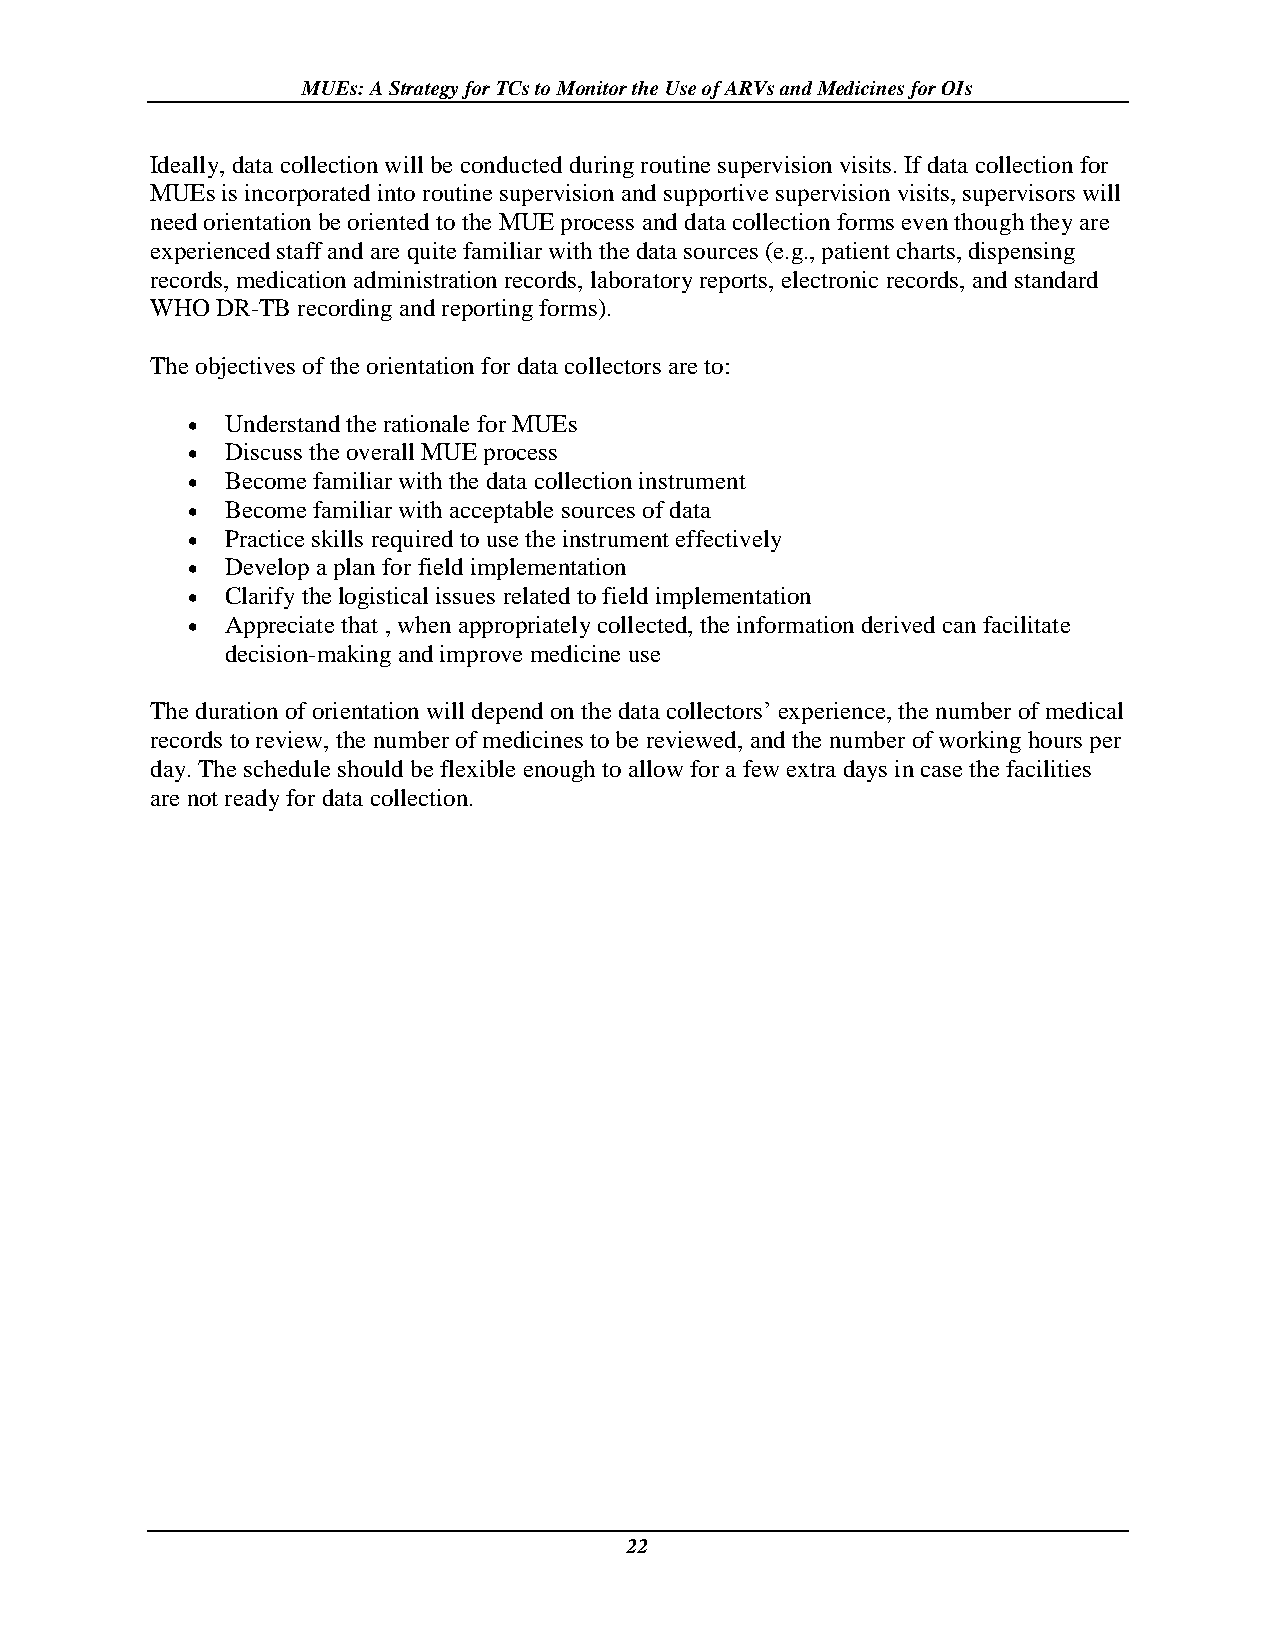
MUEs: A Strategy for TCs to Monitor the Use of ARVs and Medicines for OIs
 Ideally, data collection will be conducted during routine supervision visits. If data collection for
 MUEs is incorporated into routine supervision and supportive supervision visits, supervisors will
 need orientation be oriented to the MUE process and data collection forms even though they are
 experienced staff and are quite familiar with the data sources (e.g., patient charts, dispensing
 records, medication administration records, laboratory reports, electronic records, and standard
 WHO DR-TB recording and reporting forms).
 The objectives of the orientation for data collectors are to:
   Understand the rationale for MUEs
   Discuss the overall MUE process
   Become familiar with the data collection instrument
   Become familiar with acceptable sources of data
   Practice skills required to use the instrument effectively
   Develop a plan for field implementation
   Clarify the logistical issues related to field implementation
   Appreciate that , when appropriately collected, the information derived can facilitate
 decision-making and improve medicine use
 The duration of orientation will depend on the data collectors’ experience, the number of medical
 records to review, the number of medicines to be reviewed, and the number of working hours per
 day. The schedule should be flexible enough to allow for a few extra days in case the facilities
 are not ready for data collection.
 22